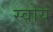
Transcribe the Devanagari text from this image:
स्वोय